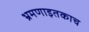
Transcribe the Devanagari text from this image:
भ्रमणाइतकाच